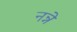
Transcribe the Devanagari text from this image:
नन्ने